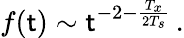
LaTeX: f(\mathsf{t})\sim\mathsf{t}^{-2-\frac{{T_{x}}}{{2T_{s}}}}\, .